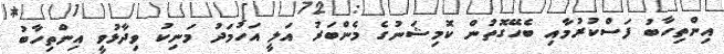
އިންތިހާބު ފަސްކުރުމާއި ބެހޭގޮތުން ކޮމިޝަނުގެ މެންބަރު އަލީ އަހުމަދު މަނިކު ވިދާޅުވީ އިންތިހާބު